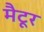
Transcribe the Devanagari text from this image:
मैटूर